NAE_kihelkonnakohtute_kirjad_ja_protokollid_1869-1889, lk 3
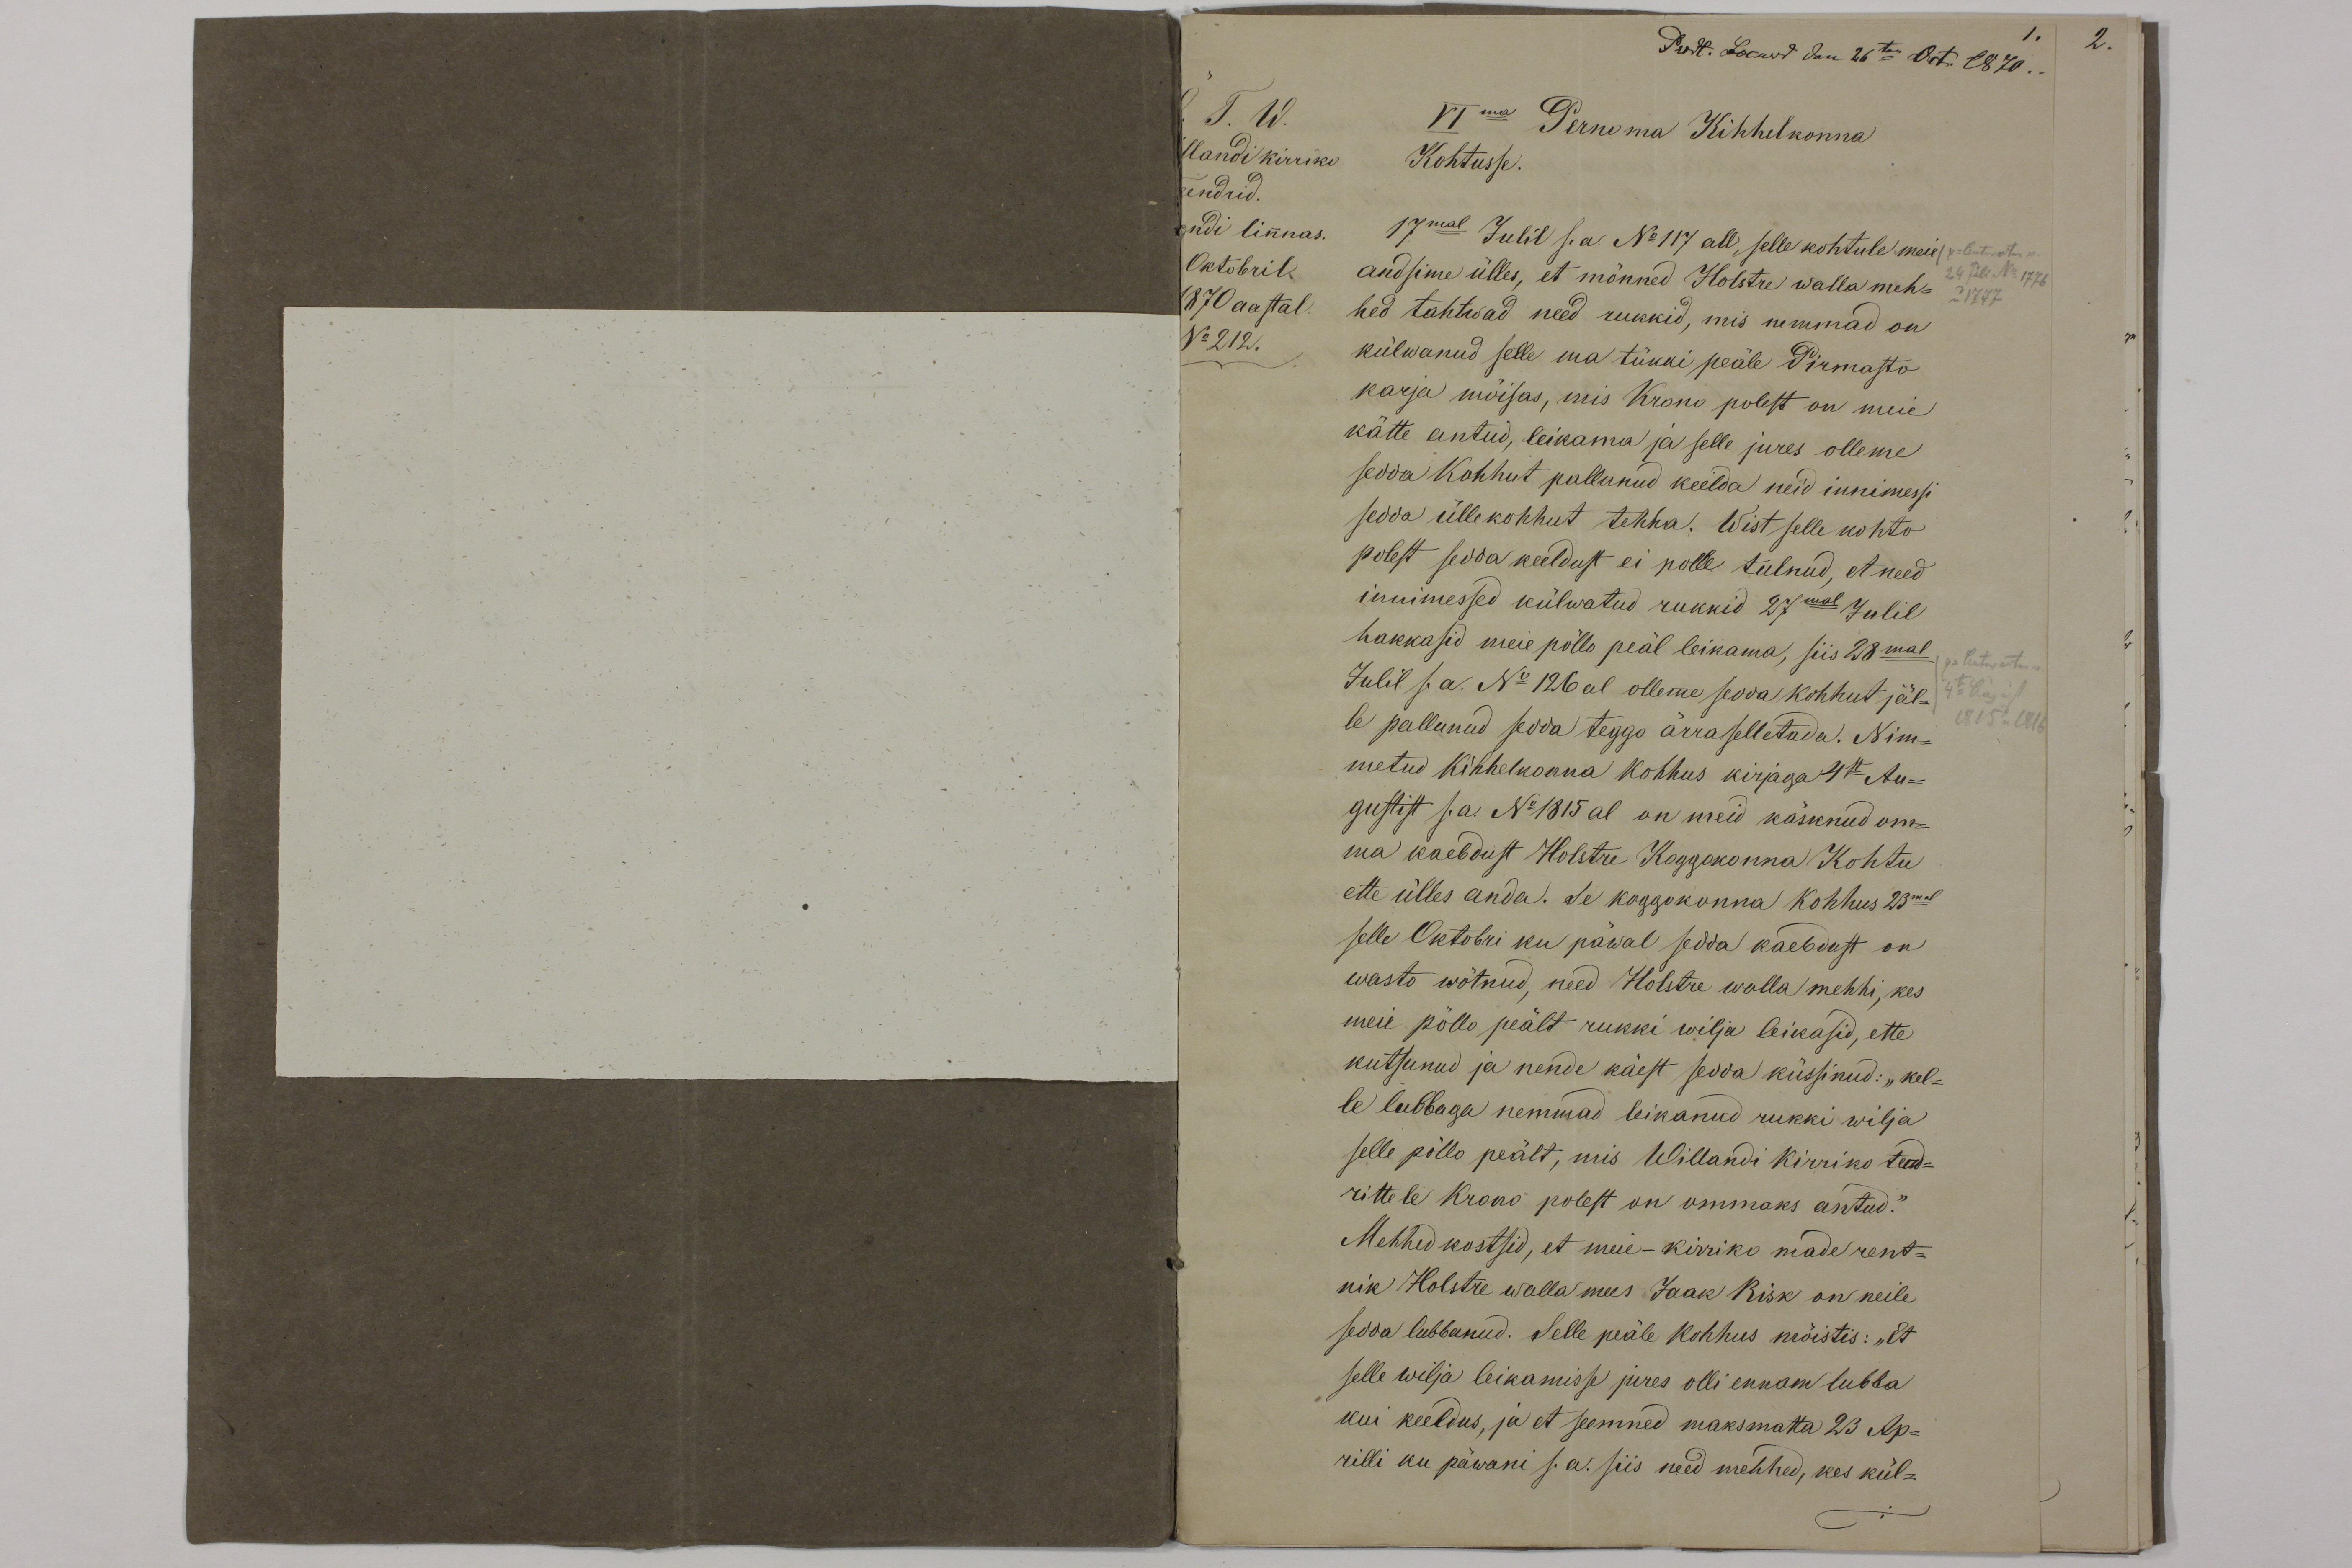
VIma Pernoma Kihhelkonna
Kohtusse.
17mal Julil s.a. No 117 all, selle kohtule meie
andsime ülles, et mõnned Holstre wallameh-
hed tahtwad need rukkid, mis nemmad on
külwanud selle ma tükki peale Pirmasto
karja mõisas, mis Krono polest on meie
kätte antud, leikama ja selle jures olleme
sedda kohhut pallunud keelda neid innimessi
sedda üllekohhut tehha. Wist selle kohto
polest sedda keeldust ei polle tulnud et need
innimessed külwatud rukkid 27mal Julil
hakkasid meie põlle peäl leikama, siis 28mal
Julil s.a. No 126 al olleme sedda kohhut jäl-
le pallunud sedda teggo ärraselletada. Nim-
metud kihhelkonna kohhus kirjaga 4st Au-
gustist s.a. No 1815 al on meid käsknud om-
ma kaebdust Holstre Koggokonna Kohtu
ette ülles anda. Se koggokonna Kohhus 23mal
selle Oktobri ku päwal sedda kaebdust on
wasto wõtnud need Holstre walla mehhi, kes
meie põlle peält rukki wilja leikasid, ette
kutsunud ja nende käest sedda küssinud: "kel-
le lubbaga nemmad leikanud rukki wilja
selle põllo peält, mis Willandi kirriko teend-
rittele krono polest on ommaks antud."
Mehhed kostsid, et meie-kirriko made rent-
nik Holstre wallamees Jaak Risk on neile
sedda lubbanud. Selle peäle kohhus mõistis: "Et
selle wilja leikamisse jures olli ennam lubba
kui keeldus, ja et seemned maksmatta 23 Ap-
rilli ku päwani s.a. siis need mehhed, kes kül-